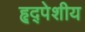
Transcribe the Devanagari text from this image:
हृद्पेशीय